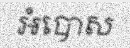
អំបោស